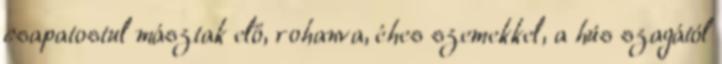
csapatostul másztak elő, rohanva, éhes szemekkel, a hús szagától